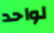
لواحد